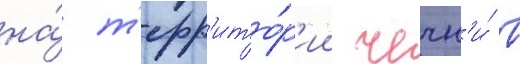
на́ т'ерр'ито́р'ии чечн'и́ в